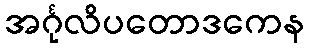
အင်္ဂုလိပတောဒကေန